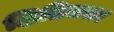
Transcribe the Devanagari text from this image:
क्षितिजसर